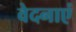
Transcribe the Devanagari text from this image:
वेदनाएं